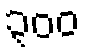
၃၀၀